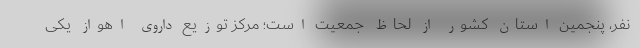
نفر، پنجمین استان کشور از لحاظ جمعیت است؛ مرکز توزیع داروی اهواز یکی